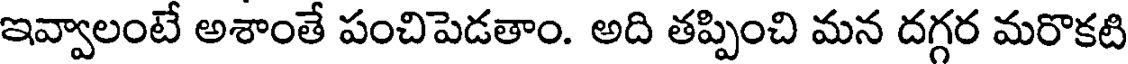
ఇవ్వాలంటే అశాంతే పంచిపెడతాం. అది తప్పించి మన దగ్గర మరొకటి